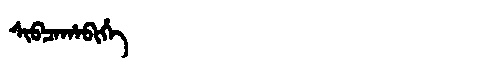
Manchu: ᠰᡳᠪᠴᠠᡥᠠᠪᡳᡥᡝ
Romanization: SIBCAHABIHE